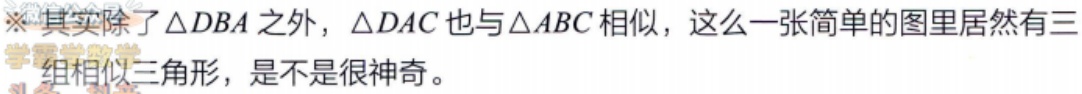
其实除了$\triangle DBA$之外，$\triangle DAC$也与$\triangle ABC$相似，这么一张简单的图里居然有三组相似三角形，是不是很神奇。